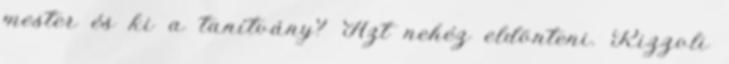
mester és ki a tanítvány? Azt nehéz eldönteni. Rizzoli